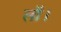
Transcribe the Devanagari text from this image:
लॉ।